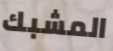
المشبك